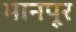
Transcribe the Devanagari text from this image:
मानपूर